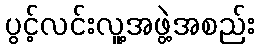
ပွင့်လင်းလူ့အဖွဲ့အစည်း